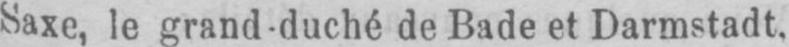
Saxe, le grand-duché de Bade et Darmstadt.